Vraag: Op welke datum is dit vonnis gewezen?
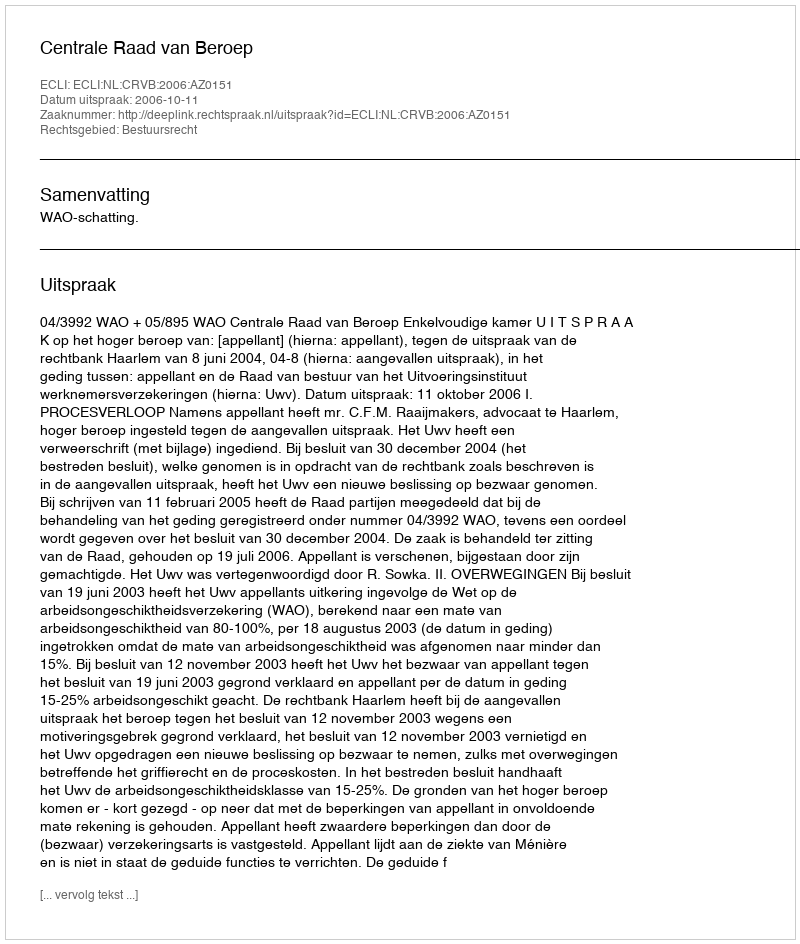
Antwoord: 2006-10-11